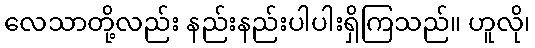
လေသာတို့လည်း နည်းနည်းပါပါးရှိကြသည်။ ဟူလို၊